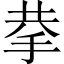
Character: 拲